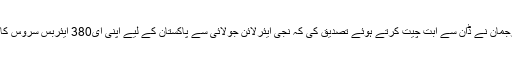
ایمریٹس ایئرلائن کے ترجمان نے ڈان سے ابت چیت کرتے ہوئے تصدیق کی کہ نجی ایئرلائن جولائی سے پاکستان کے لیے اپنی ای380 ایئربس سروس کا آغاز کرنے جارہی ہے۔